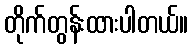
တိုက်တွန်းထားပါတယ်။